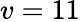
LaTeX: v=11